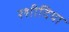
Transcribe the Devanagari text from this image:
रशीदिया